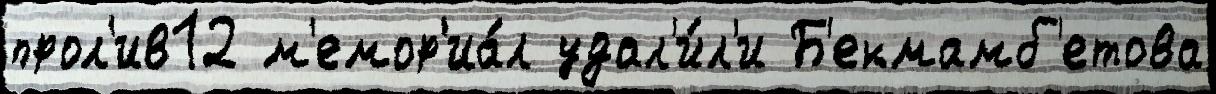
прол'ив12 м'емор'иа́л удал'и́л'и Б'екмамб'етова